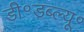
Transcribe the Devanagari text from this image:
डी॰डब्ल्यू॰